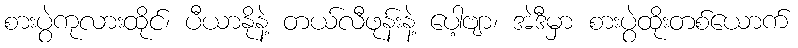
စားပွဲကုလားထိုင်၊ ပီယာနိုနဲ့ တယ်လီဖုန်းနဲ့ ပေါ့ဗျာ၊ အဲဒီမှာ စားပွဲထိုးတစ်ယောက်